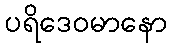
ပရိဒေဝမာနော